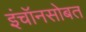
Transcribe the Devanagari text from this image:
इंचॉनसोबत